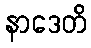
နာဒေတိ